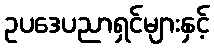
ဥပဒေပညာရှင်များနှင့်